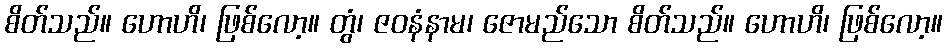
စိတ်သည်။ ဟောဟိ၊ ဖြစ်လော့။ တွံ၊ ဇဝနံနာမ၊ ဇောမည်သော စိတ်သည်။ ဟောဟိ၊ ဖြစ်လော့။